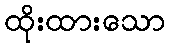
ထိုးထားသော